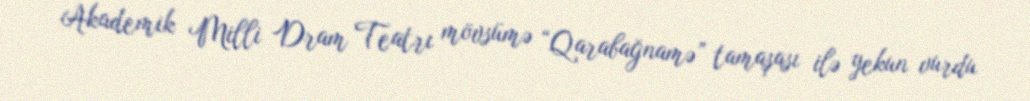
Akademik Milli Dram Teatrı mövsümə “Qarabağnamə” tamaşası ilə yekun vurdu